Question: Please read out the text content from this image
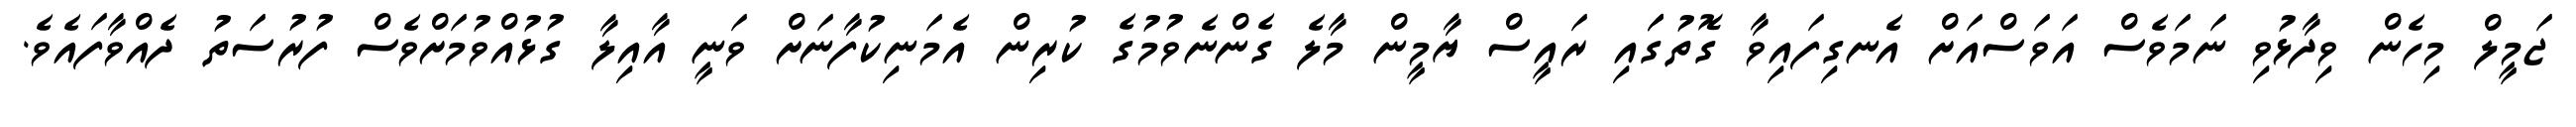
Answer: ޖަމީލް މިހެން ވިދާޅުވި ނަމަވެސް އަވަސްއަށް އެނގިފައިވާ ގޮތުގަައި ރައީސް ޔާމީން މާލެ ގެންނެވުމުގެ ކުރިން އެމަނިކުފާނަށް ވަނީ އާއިލާ ގުޅުއްވުމަށްވެސް ފުރުސަތު ދެއްވާފައެވެ.